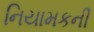
નિયામકની